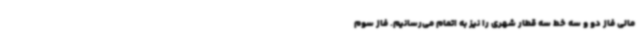
مالی فاز دو و سه خط سه قطار شهری را نیز به اتمام می‌رسانیم. فاز سوم